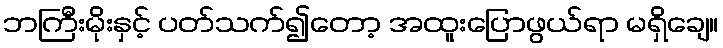
ဘကြီးမိုးနှင့် ပတ်သက်၍တော့ အထူးပြောဖွယ်ရာ မရှိချေ။